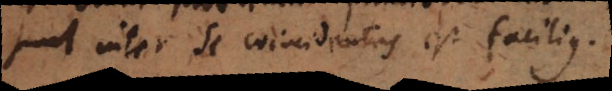
sunt inter se coincidentes est facilius.